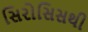
સિરોસિસથી